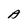
Character: A